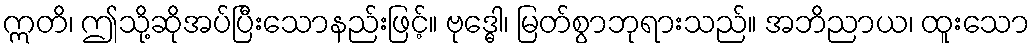
ဣတိ၊ ဤသို့ဆိုအပ်ပြီးသောနည်းဖြင့်။ ဗုဒ္ဓေါ၊ မြတ်စွာဘုရားသည်။ အဘိညာယ၊ ထူးသော